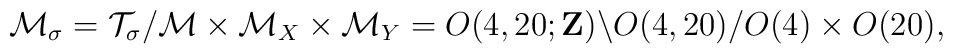
{\cal M}_{\sigma} = {\cal T}_{\sigma} / {\cal M} \times {\cal M}_X \times {\cal M}_Y = O(4,20;{\bf Z}) \backslash O(4,20) / O(4) \times O(20),